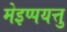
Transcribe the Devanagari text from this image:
मेइप्पयत्तु